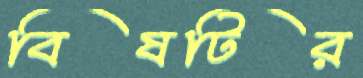
বিষটির